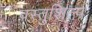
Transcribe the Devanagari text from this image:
वस्तुशिल्प